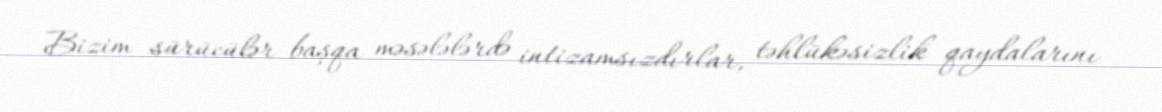
Bizim sürücülər başqa məsələlərdə intizamsızdırlar, təhlükəsizlik qaydalarını